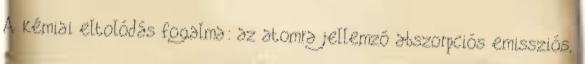
A kémiai eltolódás fogalma: az atomra jellemző abszorpciós emissziós,